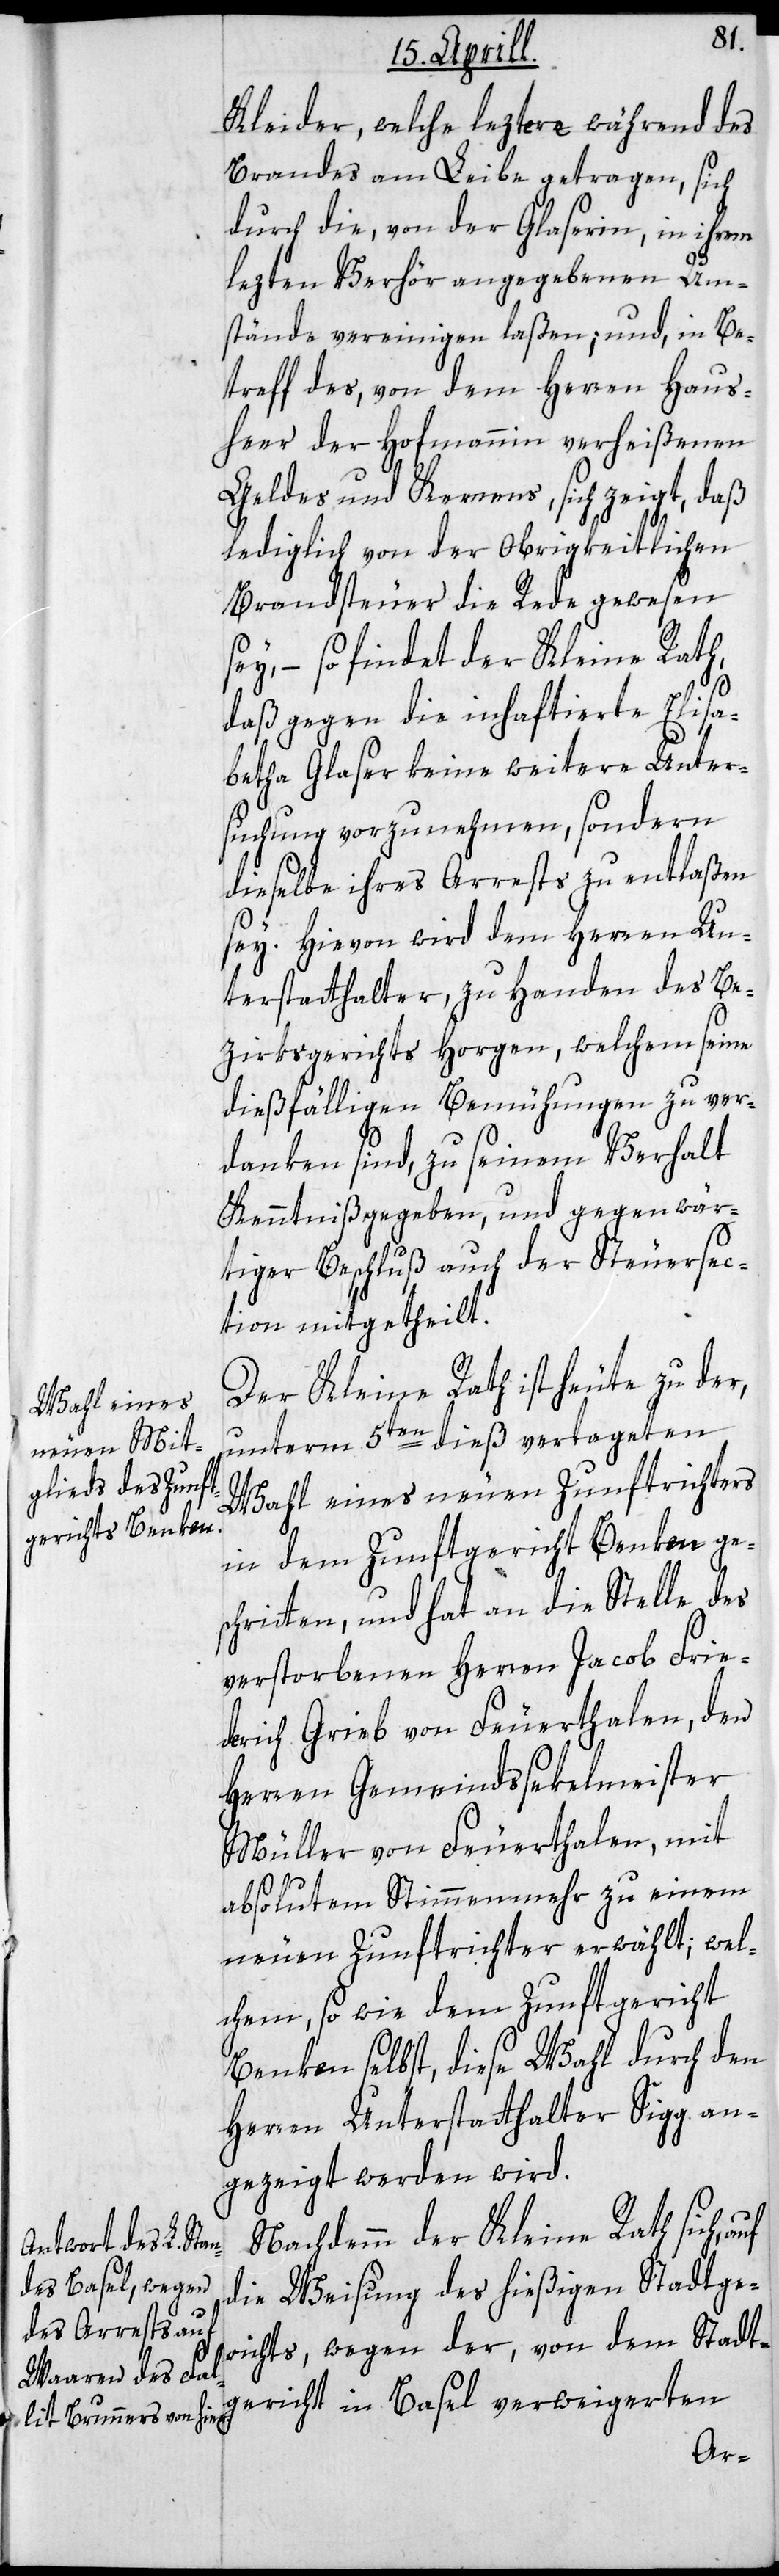
Kleider, welche letztere während des
Brandes am Leibe getragen, sich
durch die, von der Glaserin, in ihrem
lezten Verhör angegebenen Um¬
stände vereinigen laßen; und, in Be¬
treff des, von dem Herren Haus¬
heer der Hofmannin verheißenen
Geldes und Kernens, sich zeigt, daß
lediglich von der Obrigkeitlichen
Brandsteuer die Rede gewesen
sey, – so findet der Kleine Rath,
daß gegen die inhaftierte Elisa¬
betha Glaser keine weitere Unter¬
suchung vorzunehmen, sondern
dieselbe ihres Arrests zu entlaßen
sey. Hievon wird dem Herren Un¬
terstatthalter zu Handen des Be¬
zirksgerichts Horgen, welchem seine
dießfälligen Bemühungen zu ver¬
danken sind, zu seinem Verhalt
Kenntniß gegeben, und gegenwär¬
tiger Beschluß auch der Steuersec¬
tion mitgetheilt.
Der Kleine Rath ist heute zu der,
unterm 5ten dieß vertageten
Wahl eines neuen Zunftrichters
in dem Zunftgericht Benken ge¬
schritten, und hat an die Stelle des
verstorbenen Herren Jacob Frie¬
drich Grieb von Feuerthalen, den
Herren Gemeindssekelmeister
Müller von Feuerthalen, mit
absolutem Stimmenmehr zu einem
neuen Zunftrichter erwählt; wel¬
chem, sowie dem Zunftgericht
Benken selbst, diese Wahl durch den
Herren Unterstatthalter Sigg an¬
gezeigt werden wird.
Nachdemm der Kleine Rath sich,
die Weisung des hießigen Stadtge¬
richts, wegen der, von dem Stadt¬
gericht in Basel verweigerten